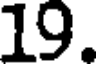
19.